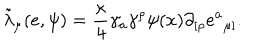
LaTeX: { \tilde { \lambda } } _ { \mu } ( e , \psi ) = { \frac { \kappa } { 4 } } \gamma _ { a } \gamma ^ { \rho } \psi ( x ) \partial _ { [ \rho } e { ^ a } _ { \mu ] } .